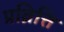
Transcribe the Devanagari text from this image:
प्रव्रित्ति